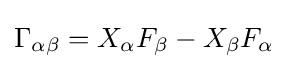
\Gamma _{\alpha \beta }=X_{\alpha }F_{\beta }-X_{\beta }F_{\alpha }